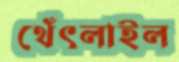
থেঁৎলাইল